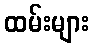
ထမ်းများ